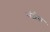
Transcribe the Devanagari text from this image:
मंजेस